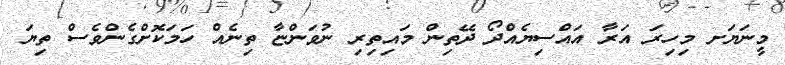
މީނަޔަށ މިހިރަ އަރާ އައްސިޔެއްދޯ ދޭތިން މައިތިރި ނުވަންޏާ ތިނެއް ހަމަކޮށްގެންވެސް ތިޔަ